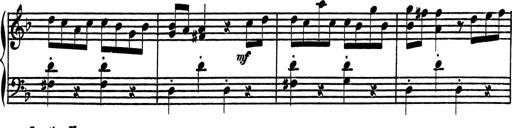
Title: 4 Piano Sonatinas
Composer: Adam Geibel